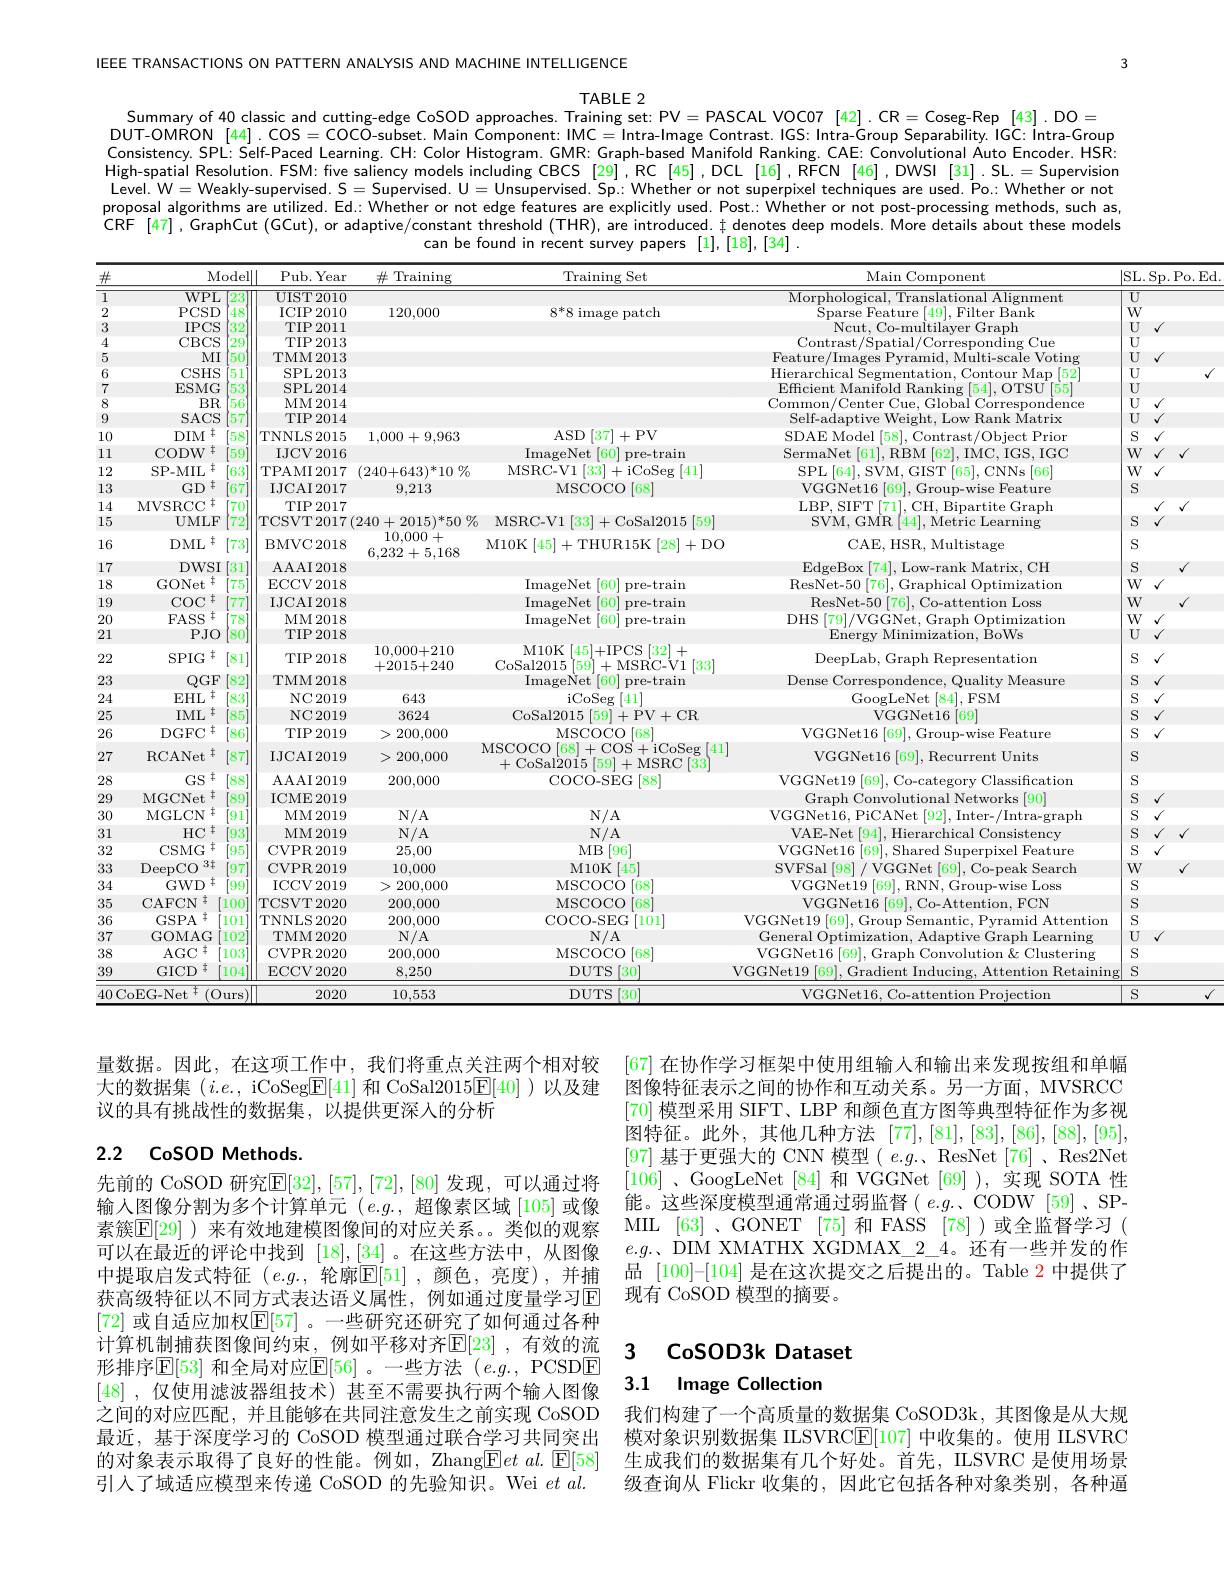
IEEE TRANSACTIONS ON PATTERN ANALYSIS AND MACHINE INTELLIGENCE

3

$\mathsf{TABLE}2$
Summary of 40 classic and cutting-edge CoSOD approaches. Training set: PV = PASCAL VOCO7[42]. CR = Coseg-Rep[43].DO =

DUT-OMRON[44].COS=COCO-subset. Main Component: IMC=Intra-Image Contrast.IGS: Intra-Group Separability.IGC:Intra-Group Consistency. SPL: Self-Paced Learning. CH: Color Histogram. GMR: Graph-based Manifold Ranking. CAE: Convolutional Auto Encoder. HSR High-spatial Resolution. FSM: five saliency models including CBCS [29],RC[45],DCL[16],RFCN[46],DWSI[31].SL.=Supervision Level. W=Weakly-supervised. S=Supervised. U=Unsupervised. Sp.: Whether or not superpixel techniques are used. Po.: Whether or not raracal alscritbra rantilisad. Ed: Mhother art dratura aranlictilurd Bart Mhothar ar nother at mother or not proposal algorithms are utilized. Ed: Whether or not edge features are explicitly used. Post. Whether or not post-processing methods, such as, CRF [47],GraphCut(GCut),or adaptive/constant threshold (THR), are introduced. $\ddagger$ denotes deep models. More details about these models
can be found in recent survey papers [1],[18],[34].

量数据。因此，在这项工作中，我们将重点关注两个相对较大的数据集$(i.e.$, iCoSeg$\boxed{\mathrm{E}}[41]$和 CoSal2015$\boxed{\mathrm{E}}[40]$ )以及建议的具有挑战性的数据集，以提供更深人的分析

## 2.2 CoSOD Methods

$\left[67\right]$在协作学习框架中使用组输入和输出来发现按组和单幅图像特征表示之间的协作和互动关系。另一方面，MVSRCC [70]模型采用 SIFT、LBP 和颜色直方图等典型特征作为多视图特征。此外，其他几种方法[77],[81],[83],[86],[88],[95], [97] 基于更强大的 CNN 模型( $e. g. .$ ResNet [ 76] , Res2Net [106] 、GoogLeNet [84] 和 VGGNet [69] ),实现 SOTA 性能。这些深度模型通常通过弱监督( $e.g.$、CODW [59]、SPMIL [63] 、GONET [75] 和 FASS [78])或全监督学习 ( $e.g.$、DIM XMATHX XGDMAX\_2\_4。还有一些并发的作品 [100]-[104] 是在这次提交之后提出的。Table 2 中提供了现有 CoSOD 模型的摘要。

先前的 CoSOD 研究$\mathbb{E}[32],[57],[72],[80]$ 发现，可以通过将输人图像分割为多个计算单元(e.g.,超像素区域[105]或像素簇$\mathbb{E}[29]$ )来有效地建模图像间的对应关系。类似的观察可以在最近的评论中找到[18],[34] 。在这些方法中，从图像中提取启发式特征 $(e.g.$, 轮廓$\mathbb{E}[51]$ ,颜色，亮度),并捕获高级特征以不同方式表达语义属性，例如通过度量学习E [72] 或自适应加权$\boxed{\mathrm{E}}[57]$ 。一些研究还研究了如何通过各种计算机制捕获图像间约束，例如平移对齐$\mathbb{E}[23]$ ,有效的流形排序$\mathbb{E}[53]$ 和全局对应$\mathbb{E}[56]$。一些方法(e.$g.$,PCSDE [48] ,仅使用滤波器组技术) 甚至不需要执行两个输入图像之间的对应匹配，并且能够在共同注意发生之前实现 CoSOD 最近，基于深度学习的 CoSOD 模型通过联合学习共同突出的对象表示取得了良好的性能。例如，Zhang$\boxed{\mathrm{E}}etal.\boxed{\mathrm{E}}[58]$ 引入了域适应模型来传递 CoSOD 的先验知识。Wei $etal.$

3 $\mathbf{CoSOD3k}$ Dataset

# 3.1 Image Collection

我们构建了一个高质量的数据集 CoSOD3k, 其图像是从大规模对象识别数据集 ILSVRCE[107]中收集的。使用 ILSVRC 生成我们的数据集有几个好处。首先，ILSVRC 是使用场景级查询从 Flickr 收集的，因此它包括各种对象类别，各种逼